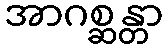
အာဂစ္ဆန္တာ